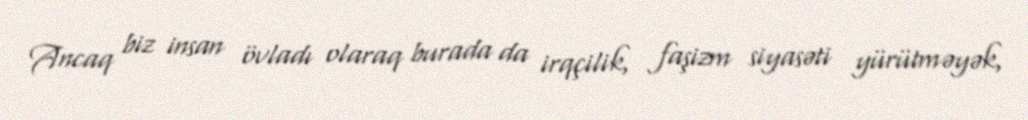
Ancaq biz insan övladı olaraq burada da irqçilik, faşizm siyasəti yürütməyək,